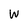
Character: W